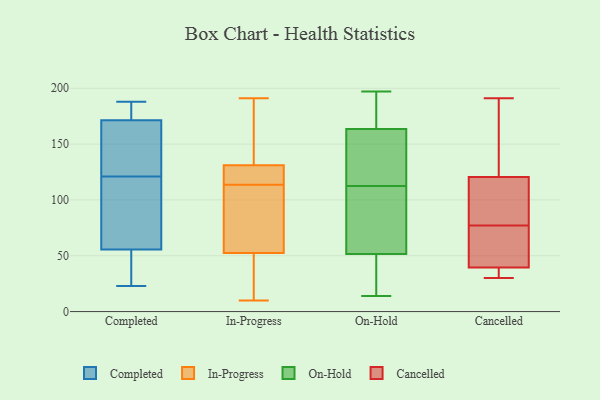
{"axis": {"x": "Operating Costs (USD K)", "y": "Value"}, "legend": ["Cancelled", "Completed", "In-Progress", "On-Hold"], "data": [{"x": "", "y": 117, "type": "Completed"}, {"x": "", "y": 121, "type": "Completed"}, {"x": "", "y": 69, "type": "Completed"}, {"x": "", "y": 181, "type": "Completed"}, {"x": "", "y": 23, "type": "Completed"}, {"x": "", "y": 64, "type": "Completed"}, {"x": "", "y": 175, "type": "Completed"}, {"x": "", "y": 56, "type": "Completed"}, {"x": "", "y": 54, "type": "Completed"}, {"x": "", "y": 130, "type": "Completed"}, {"x": "", "y": 149, "type": "Completed"}, {"x": "", "y": 188, "type": "Completed"}, {"x": "", "y": 170, "type": "Completed"}, {"x": "", "y": 51, "type": "Completed"}, {"x": "", "y": 186, "type": "Completed"}, {"x": "", "y": 148, "type": "Completed"}, {"x": "", "y": 40, "type": "Completed"}, {"x": "", "y": 156, "type": "In-Progress"}, {"x": "", "y": 28, "type": "In-Progress"}, {"x": "", "y": 30, "type": "In-Progress"}, {"x": "", "y": 191, "type": "In-Progress"}, {"x": "", "y": 43, "type": "In-Progress"}, {"x": "", "y": 74, "type": "In-Progress"}, {"x": "", "y": 129, "type": "In-Progress"}, {"x": "", "y": 82, "type": "In-Progress"}, {"x": "", "y": 62, "type": "In-Progress"}, {"x": "", "y": 124, "type": "In-Progress"}, {"x": "", "y": 127, "type": "In-Progress"}, {"x": "", "y": 104, "type": "In-Progress"}, {"x": "", "y": 135, "type": "In-Progress"}, {"x": "", "y": 123, "type": "In-Progress"}, {"x": "", "y": 133, "type": "In-Progress"}, {"x": "", "y": 10, "type": "In-Progress"}, {"x": "", "y": 104, "type": "On-Hold"}, {"x": "", "y": 153, "type": "On-Hold"}, {"x": "", "y": 121, "type": "On-Hold"}, {"x": "", "y": 142, "type": "On-Hold"}, {"x": "", "y": 178, "type": "On-Hold"}, {"x": "", "y": 169, "type": "On-Hold"}, {"x": "", "y": 158, "type": "On-Hold"}, {"x": "", "y": 45, "type": "On-Hold"}, {"x": "", "y": 56, "type": "On-Hold"}, {"x": "", "y": 155, "type": "On-Hold"}, {"x": "", "y": 47, "type": "On-Hold"}, {"x": "", "y": 181, "type": "On-Hold"}, {"x": "", "y": 174, "type": "On-Hold"}, {"x": "", "y": 197, "type": "On-Hold"}, {"x": "", "y": 57, "type": "On-Hold"}, {"x": "", "y": 76, "type": "On-Hold"}, {"x": "", "y": 24, "type": "On-Hold"}, {"x": "", "y": 70, "type": "On-Hold"}, {"x": "", "y": 24, "type": "On-Hold"}, {"x": "", "y": 14, "type": "On-Hold"}, {"x": "", "y": 121, "type": "Cancelled"}, {"x": "", "y": 169, "type": "Cancelled"}, {"x": "", "y": 77, "type": "Cancelled"}, {"x": "", "y": 119, "type": "Cancelled"}, {"x": "", "y": 191, "type": "Cancelled"}, {"x": "", "y": 94, "type": "Cancelled"}, {"x": "", "y": 39, "type": "Cancelled"}, {"x": "", "y": 30, "type": "Cancelled"}, {"x": "", "y": 39, "type": "Cancelled"}, {"x": "", "y": 82, "type": "Cancelled"}, {"x": "", "y": 41, "type": "Cancelled"}, {"x": "", "y": 73, "type": "Cancelled"}, {"x": "", "y": 162, "type": "Cancelled"}, {"x": "", "y": 54, "type": "Cancelled"}, {"x": "", "y": 37, "type": "Cancelled"}]}